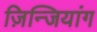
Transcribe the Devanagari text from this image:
ज़िन्जियांग